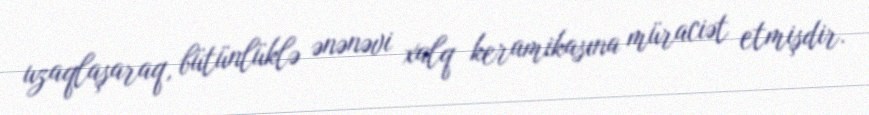
uzaqlaşaraq, bütünlüklə ənənəvi xalq keramikasına müraciət etmişdir.